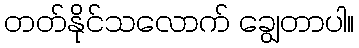
တတ်နိုင်သလောက် ချွေတာပါ။